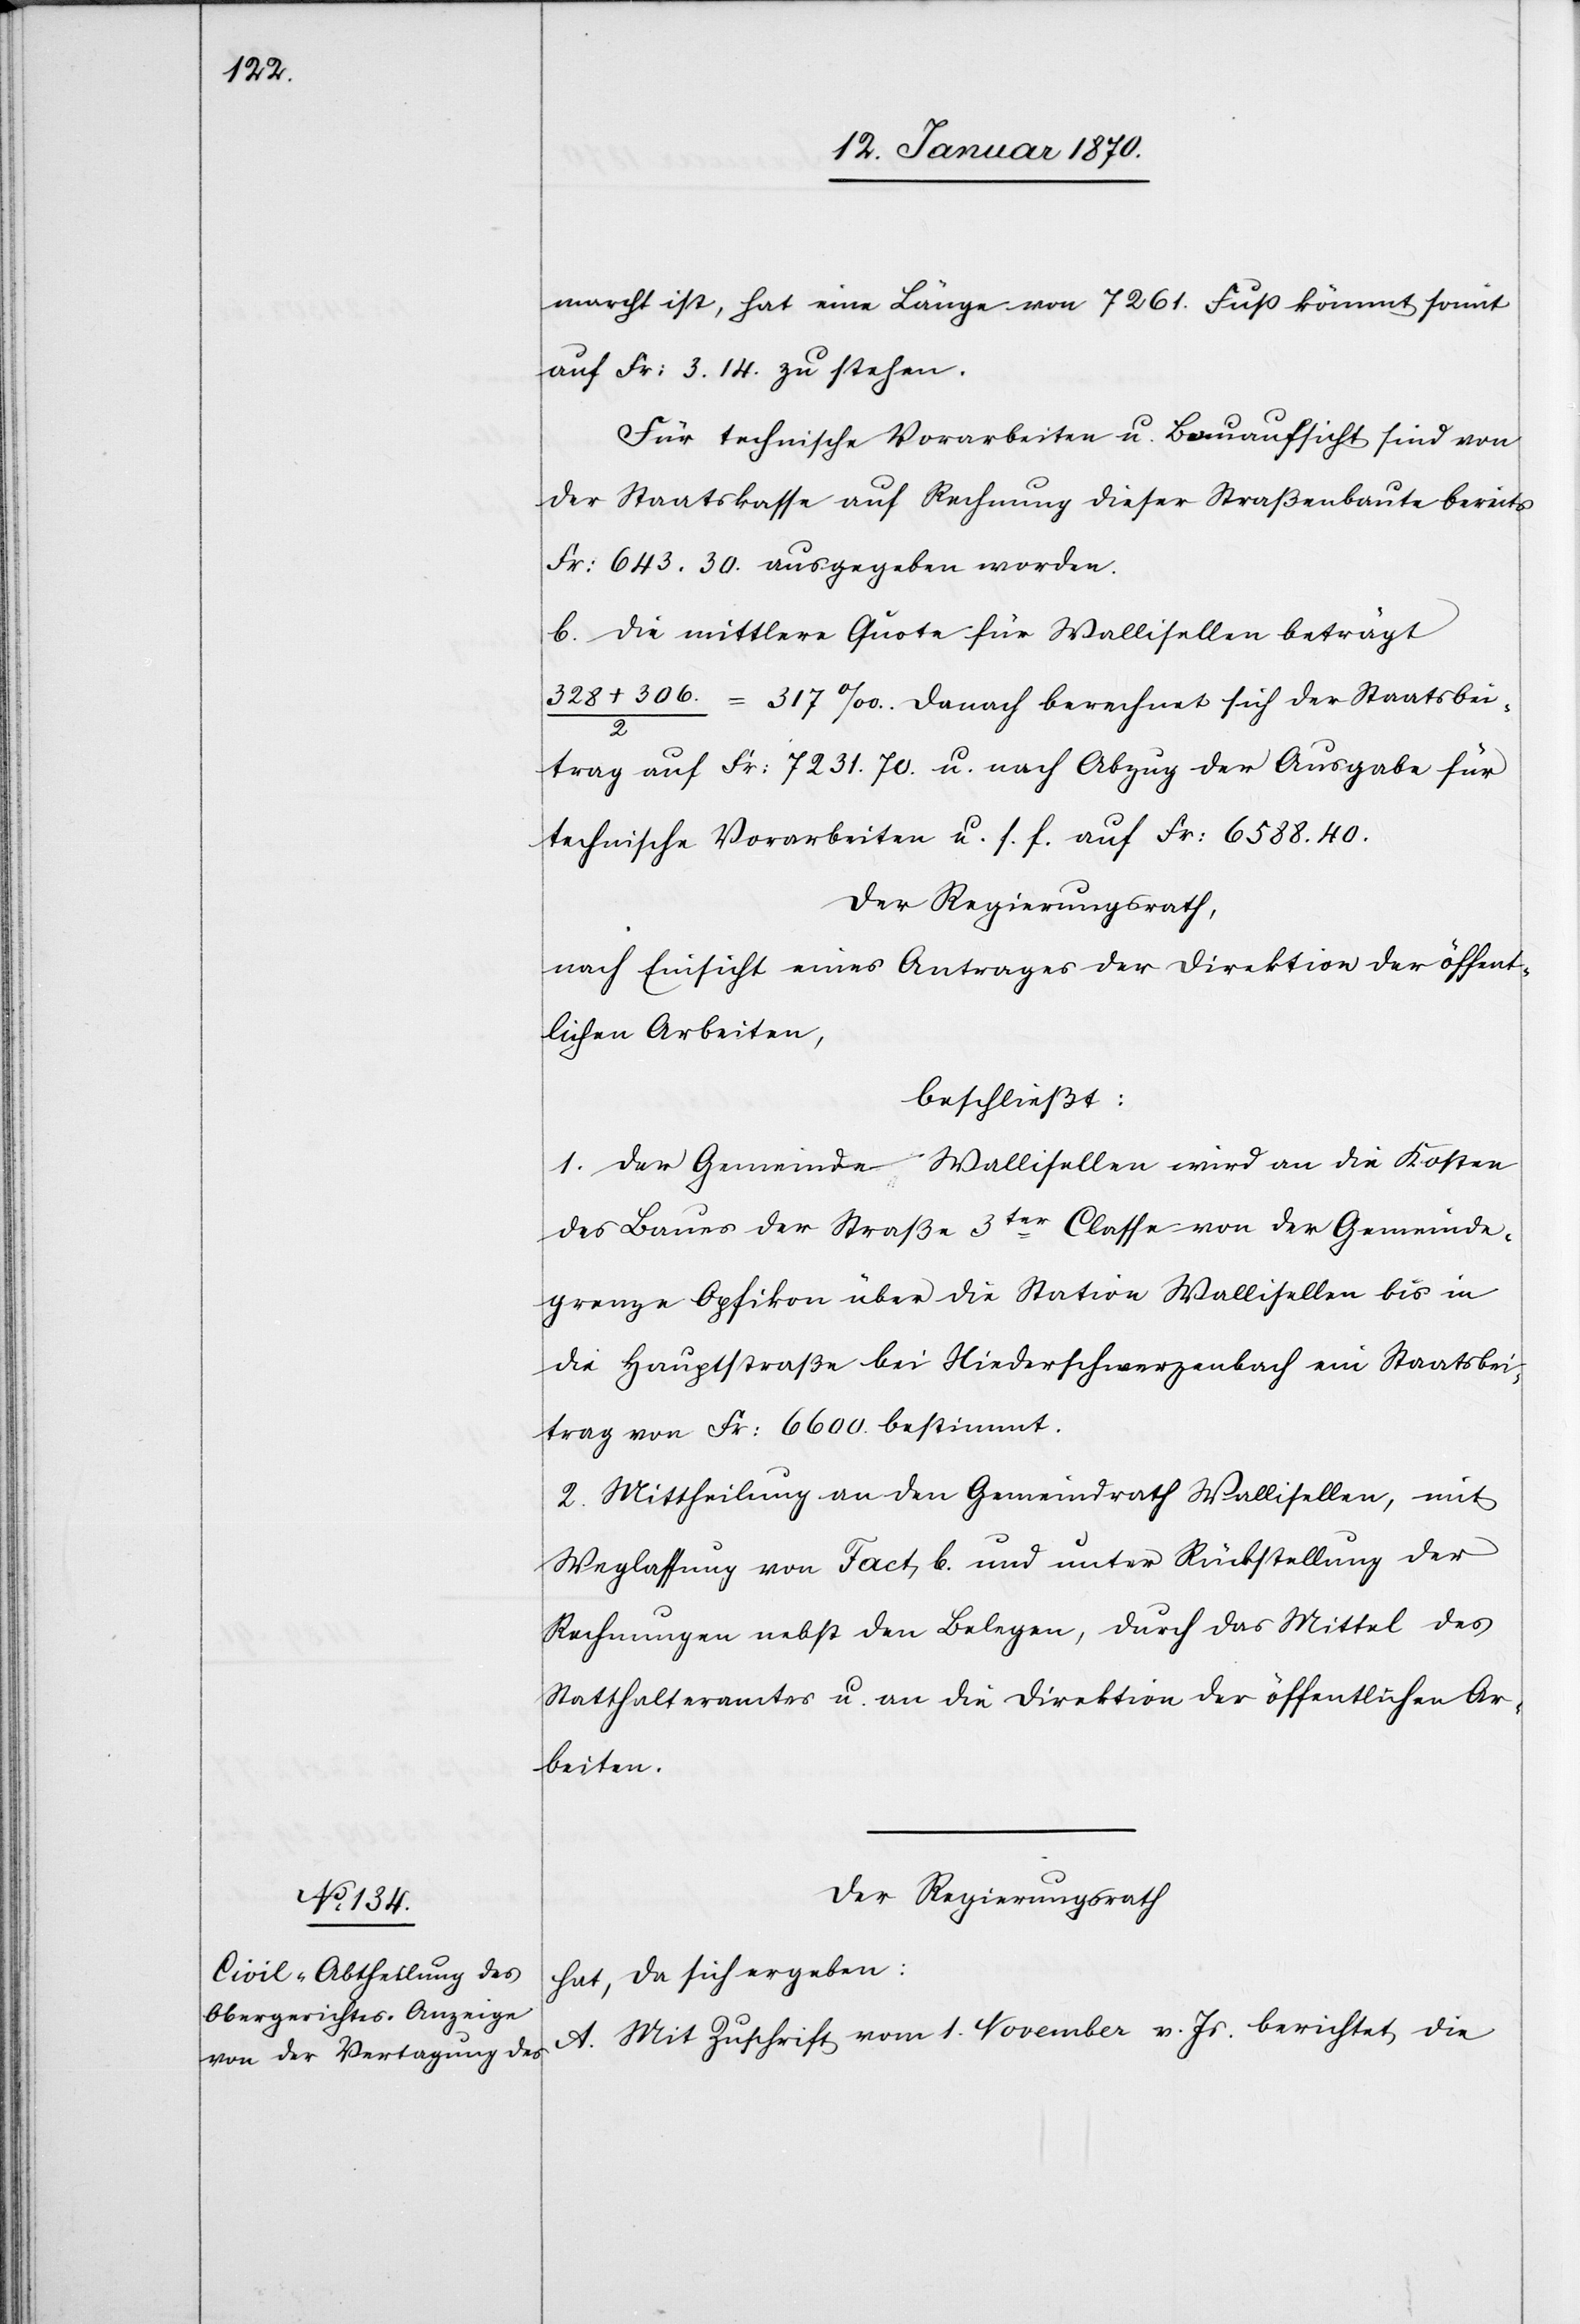
marcht ist, hat eine Länge von 7261. Fuß kömmt somit
auf Fr: 3.14. zu stehen.
Für technische Vorarbeiten u. Bauaufsicht sind von
der Staatskasse auf Rechnung dieser Straßenbaute bereits
Fr: 643.30. ausgegeben worden.
b. Die mittlere Quote für Wallisellen beträgt
(328+306.)/2 = 317‰. Danach berechnet sich der Staatsbei¬
trag auf Fr: 7231.70 u. nach Abzug der Ausgabe für
technische Vorarbeiten u. s. f. auf Fr: 6588.40.
Der Regierungsrath,
nach Einsicht eines Antrages der Direktion der öffent¬
lichen Arbeiten,
beschließt:
1. Der Gemeinde Wallisellen wird an die Kosten
des Baues der Straße 3ter Classe von der Gemeinde¬
grenze Opfikon über die Station Wallisellen bis in
die Hauptstraße bei Niederschwerzenbach ein Staatsbei¬
trag von Fr: 6600 bestimmt.
2. Mittheilung an den Gemeindrath Wallisellen, mit
Weglassung von Fact b. und unter Rückstellung der
Rechnungen nebst den Belegen, durch das Mittel des
Statthalteramtes u. an die Direktion der öffentlichen Ar¬
beiten.
Der Regierungsrath
hat, da sich ergeben:
A. Mit Zuschrift vom 1. November v. Js. berichtet die